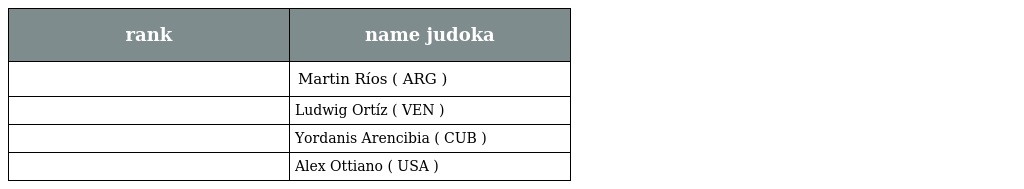
| rank | name judoka |
 | --- | --- |
 |  | Martin Ríos ( ARG ) |
 |  | Ludwig Ortíz ( VEN ) |
 |  | Yordanis Arencibia ( CUB ) |
 |  | Alex Ottiano ( USA ) |